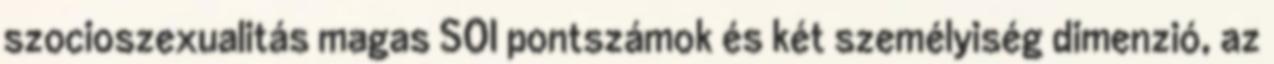
szocioszexualitás magas SOI pontszámok és két személyiség dimenzió, az